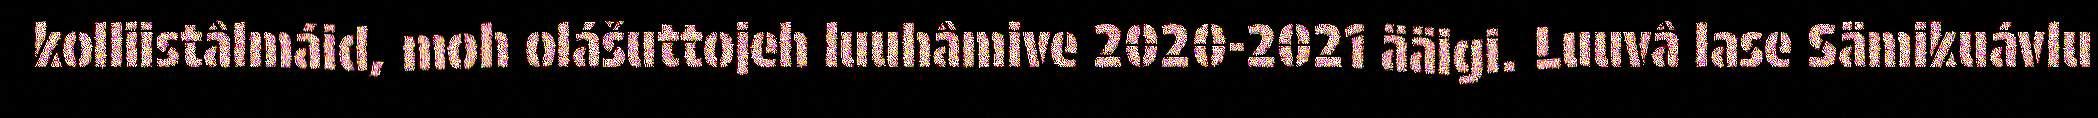
kolliistâlmáid, moh olášuttojeh luuhâmive 2020-2021 ääigi. Luuvâ lase Sämikuávlu